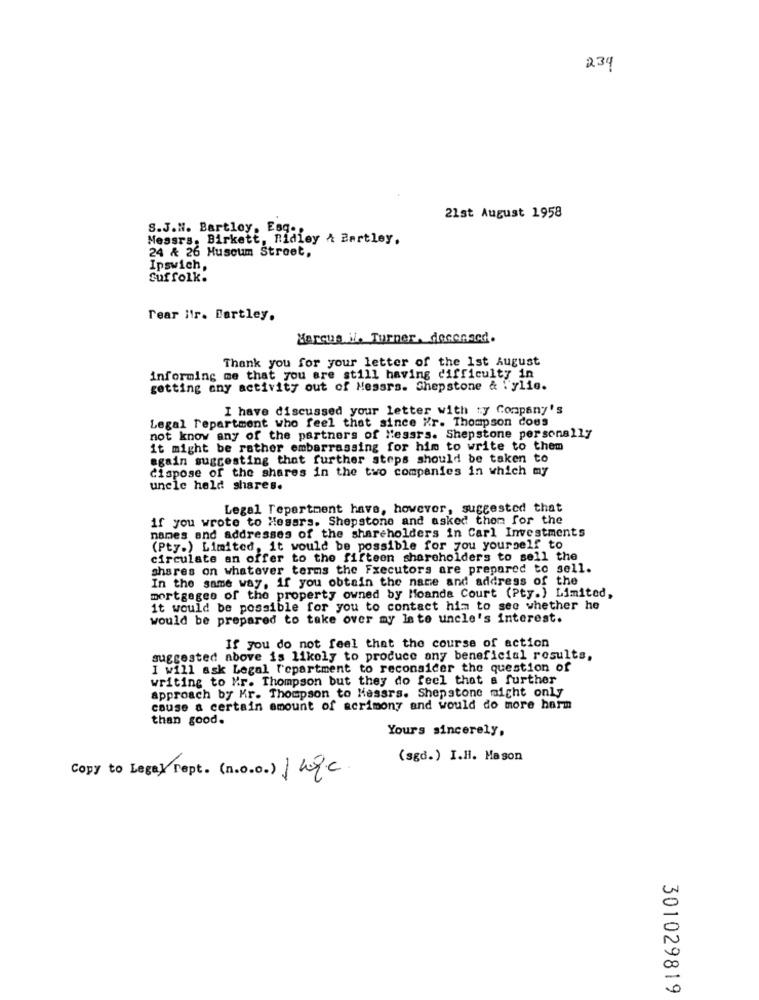
234
21st August 1958
S.J.H. Bartley, Esg .,
Messrs. Birkett, Ridley & Bartley.
24 & 26 Huscum Street,
Ipswich,
Suffolk.
rear itr. Bartley.
Marcus il. Turner, decensed.
Thank you for your letter of the 1st August
informing me that you are still having difficulty in
getting any activity out of Messrs. Shepstone & T'ylie.
I have discussed your letter with ty Company's
Legal repartment who feel that since Kr. Thompson does
not know any of the partners of Messrs. Shepstone personally
it might be rather embarrassing for him to write to them
again suggesting that further steps should be taken to
dispose of the shares in the two companies in which my
uncle held shares.
Legal Tepartment have, however, suggested that
if you wrote to Mesers. Shepstone and asked them for the
names and addresses of the shareholders in Carl Investments
(Pty.) Limited, it would be possible for you yourself to
circulate an offer to the fifteen shareholders to sell the
shares on whatever terms the Executors are prepared to sell.
In the same way, if you obtain the name and address of the
mortgages of the property owned by Moanda Court (Pty.) Limited,
it would be possible for you to contact him to see whether he
would be prepared to take over my late uncle's interest.
If you do not feel that the course of action
suggested above is likely to produce any beneficial results,
I will ask Legal repartment to reconsider the question of
writing to Mr. Thompson but they do feel that a further
approach by Mr. Thompson to Messrs. Shepstone night only
cause a certain amount of acrimony and would do more harm
than good.
Yours sincerely,
(sgd.) I.H. Mason
Copy to Legal Tept. (n.o.o.) 1 nic.
00
0
301029819